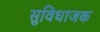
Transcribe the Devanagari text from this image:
सुविधाजक